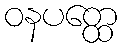
ဝနပတ္ထေ